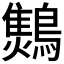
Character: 𪆅